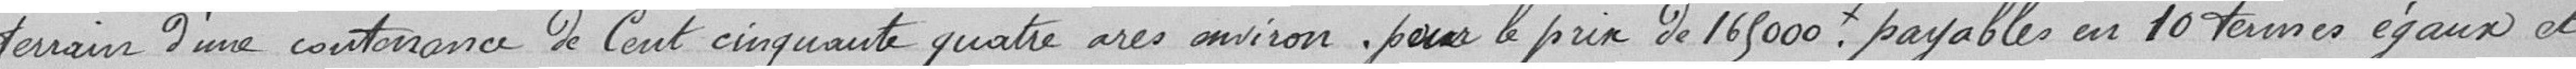
terrain d'une contenance de cent cinquante quatre ares environ pour le pris de 165000 payables en 10 termes égaux et